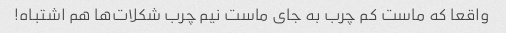
واقعا که ماست کم چرب به جای ماست نیم چرب شکلات‌ها هم اشتباه!